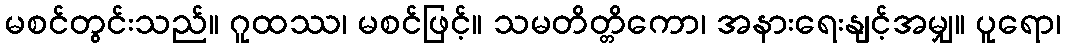
မစင်တွင်းသည်။ ဂူထဿ၊ မစင်ဖြင့်။ သမတိတ္တိကော၊ အနားရေးနျင့်အမျှ။ ပူရော၊